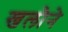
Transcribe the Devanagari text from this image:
खलौने